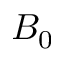
B _ { 0 }